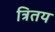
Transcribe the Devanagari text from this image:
त्रितय